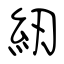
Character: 紉